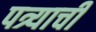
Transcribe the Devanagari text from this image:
पत्र्याची